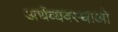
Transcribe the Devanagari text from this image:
अर्थव्यवस्थाओ